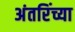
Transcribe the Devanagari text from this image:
अंतरिंच्या